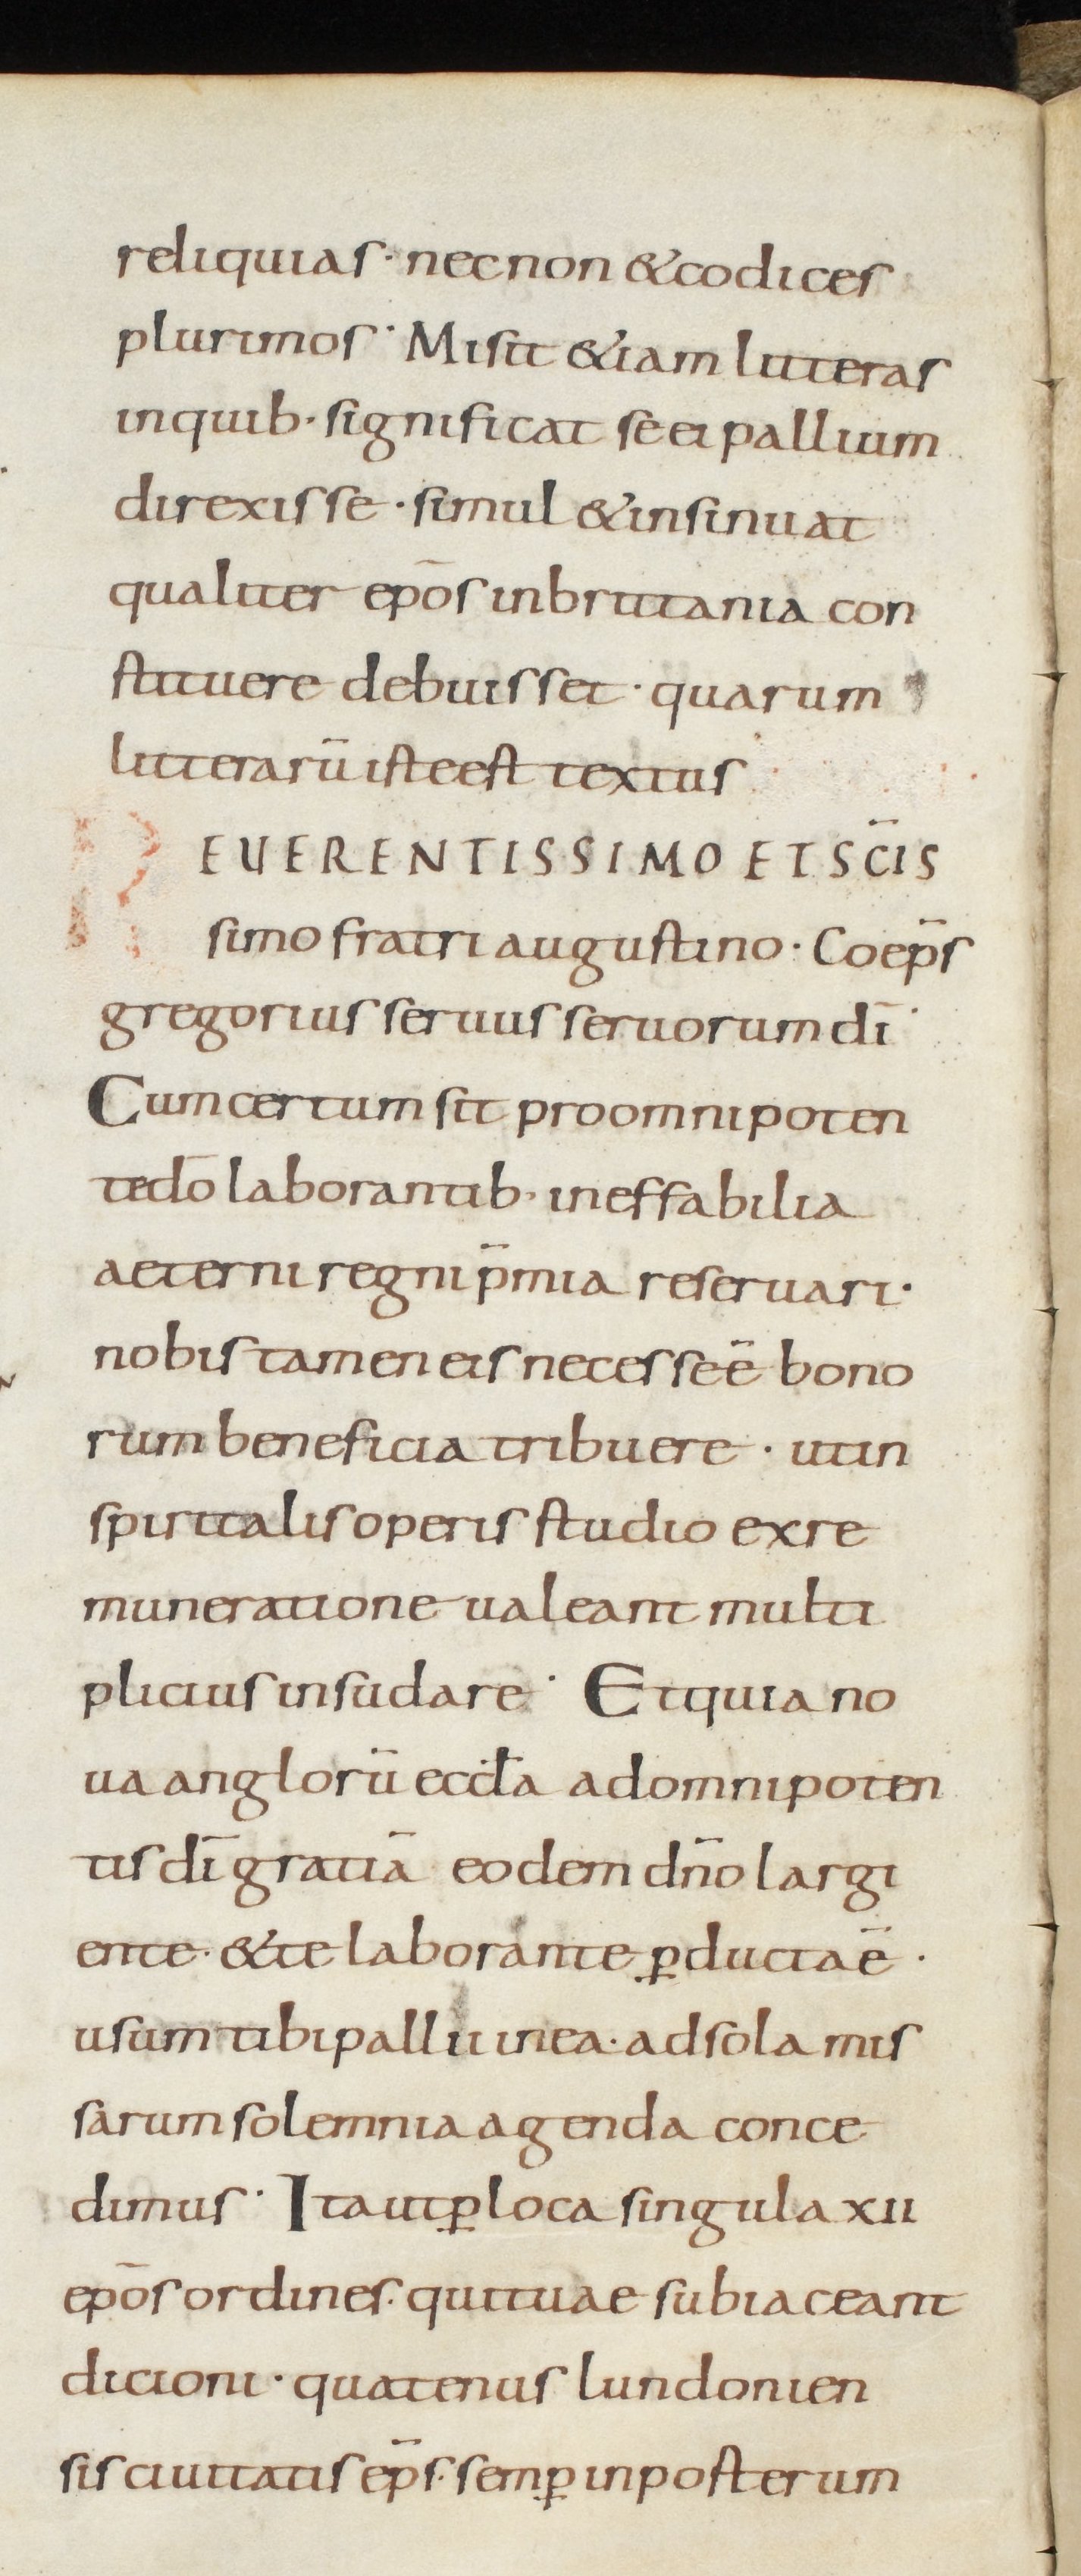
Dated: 800–899